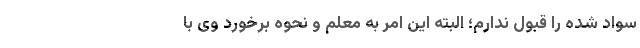
سواد شده را قبول ندارم؛ البته این امر به معلم و نحوه برخورد وی با